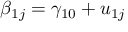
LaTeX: \beta _ { 1 j } = \gamma _ { 1 0 } + u _ { 1 j }